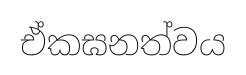
ඒකඝනත්වය